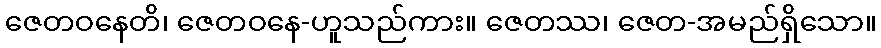
ဇေတဝနေတိ၊ ဇေတဝနေ-ဟူသည်ကား။ ဇေတဿ၊ ဇေတ-အမည်ရှိသော။